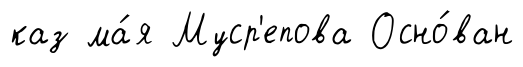
каз ма́я Муср'епова Осно́ван